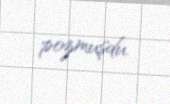
pozmuşdu.